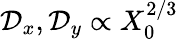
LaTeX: \mathcal{D}_{x},\mathcal{D}_{y}\propto X_{0}^{2/3}